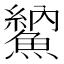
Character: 𩺈